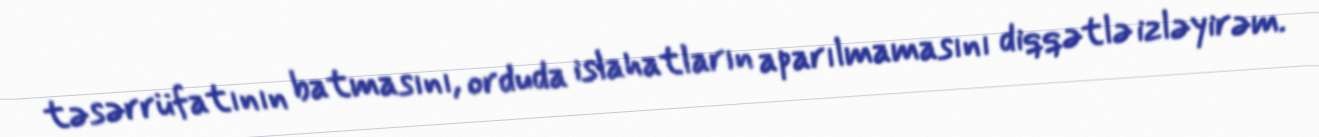
təsərrüfatının batmasını, orduda islahatların aparılmamasını diqqətlə izləyirəm.